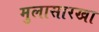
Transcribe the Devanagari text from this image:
मुलासारखा